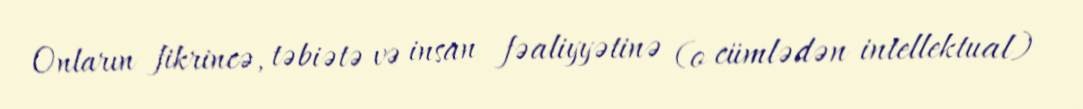
Onların fikrincə, təbiətə və insan fəaliyyətinə (o cümlədən intellektual)